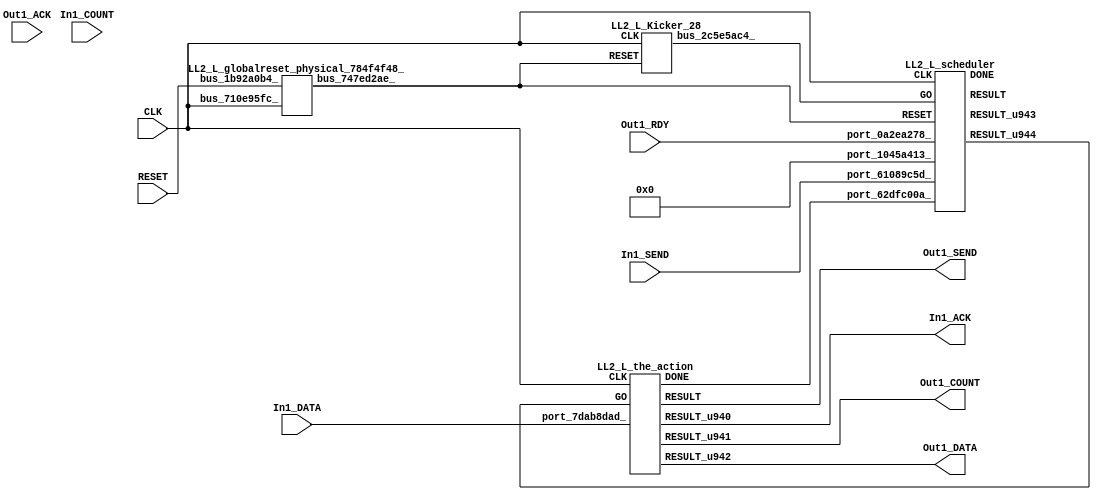
// __  ___ __ ___  _ __   ___  ___ 
// \ \/ / '__/ _ \| '_ \ / _ \/ __|
//  >  <| | | (_) | | | | (_) \__ \
// /_/\_\_|  \___/|_| |_|\___/|___/
// 
// Xronos synthesizer version
// Run date: Thu 2 Nov 2017 13:58:36 +0000
// 

module LL2_L(Out1_RDY, In1_ACK, In1_DATA, Out1_DATA, Out1_COUNT, CLK, In1_COUNT, Out1_SEND, Out1_ACK, RESET, In1_SEND);
input		Out1_RDY;
wire		the_action_done;
output		In1_ACK;
input	[15:0]	In1_DATA;
output	[15:0]	Out1_DATA;
output	[15:0]	Out1_COUNT;
input		CLK;
input	[15:0]	In1_COUNT;
output		Out1_SEND;
input		Out1_ACK;
input		RESET;
wire		the_action_go;
input		In1_SEND;
wire	[15:0]	the_action_u50;
wire		LL2_L_the_action_instance_DONE;
wire		the_action_u48;
wire		the_action;
wire	[15:0]	the_action_u49;
wire		bus_747ed2ae_;
wire		bus_2c5e5ac4_;
wire	[31:0]	bus_3941e93e_;
wire		bus_2c2922ba_;
wire	[31:0]	scheduler_u132;
wire		scheduler_u133;
wire		LL2_L_scheduler_instance_DONE;
wire		scheduler;
assign the_action_done=bus_2c2922ba_;
assign In1_ACK=the_action_u48;
assign Out1_DATA=the_action_u50;
assign Out1_COUNT=the_action_u49;
assign Out1_SEND=the_action;
assign the_action_go=scheduler_u133;
LL2_L_the_action LL2_L_the_action_instance(.CLK(CLK), .GO(the_action_go), .port_7dab8dad_(In1_DATA), 
  .DONE(LL2_L_the_action_instance_DONE), .RESULT(the_action), .RESULT_u940(the_action_u48), 
  .RESULT_u941(the_action_u49), .RESULT_u942(the_action_u50));
LL2_L_globalreset_physical_784f4f48_ LL2_L_globalreset_physical_784f4f48__1(.bus_710e95fc_(CLK), 
  .bus_1b92a0b4_(RESET), .bus_747ed2ae_(bus_747ed2ae_));
LL2_L_Kicker_28 LL2_L_Kicker_28_1(.CLK(CLK), .RESET(bus_747ed2ae_), .bus_2c5e5ac4_(bus_2c5e5ac4_));
LL2_L_stateVar_fsmState_LL2_L LL2_L_stateVar_fsmState_LL2_L_1(.bus_0cab7058_(CLK), 
  .bus_0a9130ae_(bus_747ed2ae_), .bus_1121a781_(scheduler), .bus_45c87078_(32'h0), 
  .bus_3941e93e_(bus_3941e93e_));
assign bus_2c2922ba_=LL2_L_the_action_instance_DONE&{1{LL2_L_the_action_instance_DONE}};
LL2_L_scheduler LL2_L_scheduler_instance(.CLK(CLK), .RESET(bus_747ed2ae_), .GO(bus_2c5e5ac4_), 
  .port_1045a413_(32'h0), .port_0a2ea278_(Out1_RDY), .port_62dfc00a_(the_action_done), 
  .port_61089c5d_(In1_SEND), .DONE(LL2_L_scheduler_instance_DONE), .RESULT(scheduler), 
  .RESULT_u943(scheduler_u132), .RESULT_u944(scheduler_u133));
endmodule



module LL2_L_the_action(CLK, GO, port_7dab8dad_, RESULT, RESULT_u940, RESULT_u941, RESULT_u942, DONE);
input		CLK;
input		GO;
input	[15:0]	port_7dab8dad_;
output		RESULT;
output		RESULT_u940;
output	[15:0]	RESULT_u941;
output	[15:0]	RESULT_u942;
output		DONE;
wire		simplePinWrite;
wire	[15:0]	simplePinWrite_u266;
wire		simplePinWrite_u267;
wire	[15:0]	simplePinWrite_u268;
assign simplePinWrite=GO&{1{GO}};
assign simplePinWrite_u266=16'h1&{16{1'h1}};
assign simplePinWrite_u267=GO&{1{GO}};
assign simplePinWrite_u268=port_7dab8dad_;
assign RESULT=simplePinWrite_u267;
assign RESULT_u940=simplePinWrite;
assign RESULT_u941=simplePinWrite_u266;
assign RESULT_u942=simplePinWrite_u268;
assign DONE=GO;
endmodule



module LL2_L_globalreset_physical_784f4f48_(bus_710e95fc_, bus_1b92a0b4_, bus_747ed2ae_);
input		bus_710e95fc_;
input		bus_1b92a0b4_;
output		bus_747ed2ae_;
wire		not_572d520f_u0;
reg		final_u24=1'h1;
reg		cross_u24=1'h0;
wire		or_2089a801_u0;
reg		sample_u24=1'h0;
wire		and_048ba2e1_u0;
reg		glitch_u24=1'h0;
assign bus_747ed2ae_=or_2089a801_u0;
assign not_572d520f_u0=~and_048ba2e1_u0;
always @(posedge bus_710e95fc_)
begin
final_u24<=not_572d520f_u0;
end
always @(posedge bus_710e95fc_)
begin
cross_u24<=sample_u24;
end
assign or_2089a801_u0=bus_1b92a0b4_|final_u24;
always @(posedge bus_710e95fc_)
begin
sample_u24<=1'h1;
end
assign and_048ba2e1_u0=cross_u24&glitch_u24;
always @(posedge bus_710e95fc_)
begin
glitch_u24<=cross_u24;
end
endmodule



module LL2_L_Kicker_28(CLK, RESET, bus_2c5e5ac4_);
input		CLK;
input		RESET;
output		bus_2c5e5ac4_;
reg		kicker_1=1'h0;
wire		bus_7d58e439_;
wire		bus_5828677e_;
reg		kicker_res=1'h0;
wire		bus_276ecedc_;
wire		bus_043033d4_;
reg		kicker_2=1'h0;
always @(posedge CLK)
begin
kicker_1<=bus_276ecedc_;
end
assign bus_7d58e439_=~kicker_2;
assign bus_5828677e_=kicker_1&bus_276ecedc_&bus_7d58e439_;
always @(posedge CLK)
begin
kicker_res<=bus_5828677e_;
end
assign bus_2c5e5ac4_=kicker_res;
assign bus_276ecedc_=~RESET;
assign bus_043033d4_=bus_276ecedc_&kicker_1;
always @(posedge CLK)
begin
kicker_2<=bus_043033d4_;
end
endmodule



module LL2_L_endianswapper_22e24dc6_(endianswapper_22e24dc6_in, endianswapper_22e24dc6_out);
input	[31:0]	endianswapper_22e24dc6_in;
output	[31:0]	endianswapper_22e24dc6_out;
assign endianswapper_22e24dc6_out=32'h0;
endmodule



module LL2_L_endianswapper_3be2a377_(endianswapper_3be2a377_in, endianswapper_3be2a377_out);
input	[31:0]	endianswapper_3be2a377_in;
output	[31:0]	endianswapper_3be2a377_out;
assign endianswapper_3be2a377_out=32'h0;
endmodule



module LL2_L_stateVar_fsmState_LL2_L(bus_0cab7058_, bus_0a9130ae_, bus_1121a781_, bus_45c87078_, bus_3941e93e_);
input		bus_0cab7058_;
input		bus_0a9130ae_;
input		bus_1121a781_;
input	[31:0]	bus_45c87078_;
output	[31:0]	bus_3941e93e_;
wire	[31:0]	endianswapper_22e24dc6_out;
wire	[31:0]	endianswapper_3be2a377_out;
assign bus_3941e93e_=32'h0;
LL2_L_endianswapper_22e24dc6_ LL2_L_endianswapper_22e24dc6__1(.endianswapper_22e24dc6_in(32'h0), 
  .endianswapper_22e24dc6_out(endianswapper_22e24dc6_out));
LL2_L_endianswapper_3be2a377_ LL2_L_endianswapper_3be2a377__1(.endianswapper_3be2a377_in(32'h0), 
  .endianswapper_3be2a377_out(endianswapper_3be2a377_out));
endmodule



module LL2_L_scheduler(CLK, RESET, GO, port_1045a413_, port_0a2ea278_, port_62dfc00a_, port_61089c5d_, RESULT, RESULT_u943, RESULT_u944, DONE);
input		CLK;
input		RESET;
input		GO;
input	[31:0]	port_1045a413_;
input		port_0a2ea278_;
input		port_62dfc00a_;
input		port_61089c5d_;
output		RESULT;
output	[31:0]	RESULT_u943;
output		RESULT_u944;
output		DONE;
wire signed	[31:0]	equals_a_signed;
wire		equals;
wire signed	[31:0]	equals_b_signed;
wire		and_u1562_u0;
wire		not_u302_u0;
wire		and_u1563_u0;
wire		not_u303_u0;
wire		and_u1564_u0;
wire		and_u1565_u0;
wire		and_u1566_u0;
wire		and_u1567_u0;
wire		not_u304_u0;
wire		simplePinWrite;
wire		and_u1568_u0;
wire		and_u1569_u0;
wire		and_u1570_u0;
reg		reg_15c77070_u0=1'h0;
wire		and_u1571_u0;
wire		or_u426_u0;
reg		reg_664aa16a_u0=1'h0;
wire		or_u427_u0;
reg		reg_664aa16a_result_delayed_u0=1'h0;
assign equals_a_signed=32'h0;
assign equals_b_signed=32'h0;
assign equals=equals_a_signed==equals_b_signed;
assign and_u1562_u0=and_u1571_u0&not_u302_u0;
assign not_u302_u0=~equals;
assign and_u1563_u0=and_u1571_u0&equals;
assign not_u303_u0=~port_61089c5d_;
assign and_u1564_u0=and_u1570_u0&not_u303_u0;
assign and_u1565_u0=and_u1570_u0&port_61089c5d_;
assign and_u1566_u0=and_u1569_u0&port_0a2ea278_;
assign and_u1567_u0=and_u1569_u0&not_u304_u0;
assign not_u304_u0=~port_0a2ea278_;
assign simplePinWrite=and_u1568_u0&{1{and_u1568_u0}};
assign and_u1568_u0=and_u1566_u0&and_u1569_u0;
assign and_u1569_u0=and_u1565_u0&and_u1570_u0;
assign and_u1570_u0=and_u1563_u0&and_u1571_u0;
always @(posedge CLK or posedge RESET)
begin
if (RESET)
reg_15c77070_u0<=1'h0;
else reg_15c77070_u0<=and_u1571_u0;
end
assign and_u1571_u0=or_u426_u0&or_u426_u0;
assign or_u426_u0=reg_15c77070_u0|reg_664aa16a_result_delayed_u0;
always @(posedge CLK or posedge RESET)
begin
if (RESET)
reg_664aa16a_u0<=1'h0;
else reg_664aa16a_u0<=GO;
end
assign or_u427_u0=GO|and_u1568_u0;
always @(posedge CLK or posedge RESET)
begin
if (RESET)
reg_664aa16a_result_delayed_u0<=1'h0;
else reg_664aa16a_result_delayed_u0<=reg_664aa16a_u0;
end
assign RESULT=or_u427_u0;
assign RESULT_u943=32'h0;
assign RESULT_u944=simplePinWrite;
assign DONE=1'h0;
endmodule